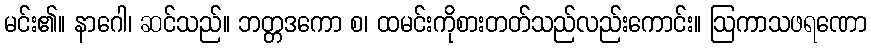
မင်း၏။ နာဂေါ၊ ဆင်သည်။ ဘတ္တဒကော စ၊ ထမင်းကိုစားတတ်သည်လည်းကောင်း။ ဩကာသဖရဏော